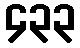
၄၃၃